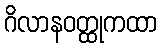
ဂိလာနဝတ္ထုကထာ